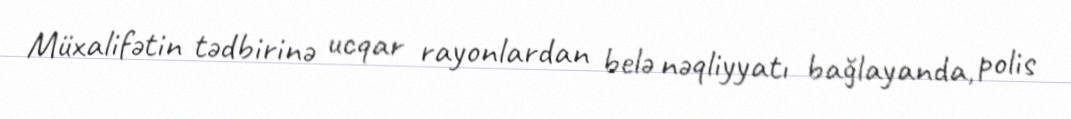
Müxalifətin tədbirinə ucqar rayonlardan belə nəqliyyatı bağlayanda, polis